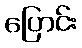
ပြောင်း